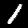
Digit: 1